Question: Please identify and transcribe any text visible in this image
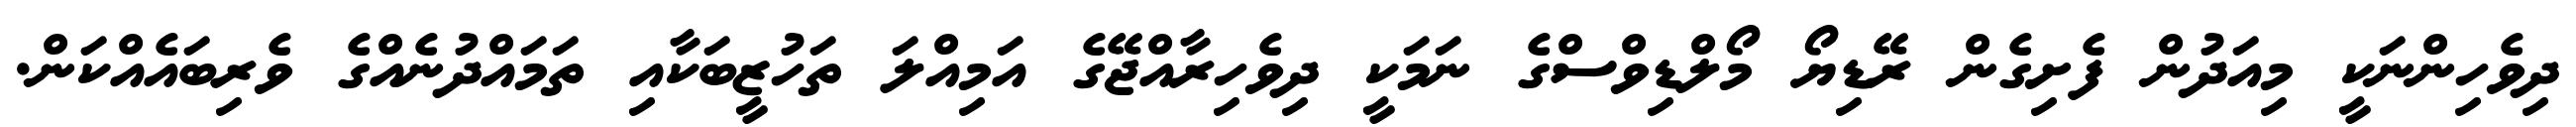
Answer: ދިވެހިންނަކީ މިއަދުން ފެށިގެން ރޭޑިޔޯ މޯލްޑިވްސްގެ ނަމަކީ ދިވެހިރާއްޖޭގެ އަމިއްލަ ތަހުޒީބަކާއި ތަމައްދުނެއްގެ ވެރިބައެއްކަން.